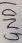
Text: GND1